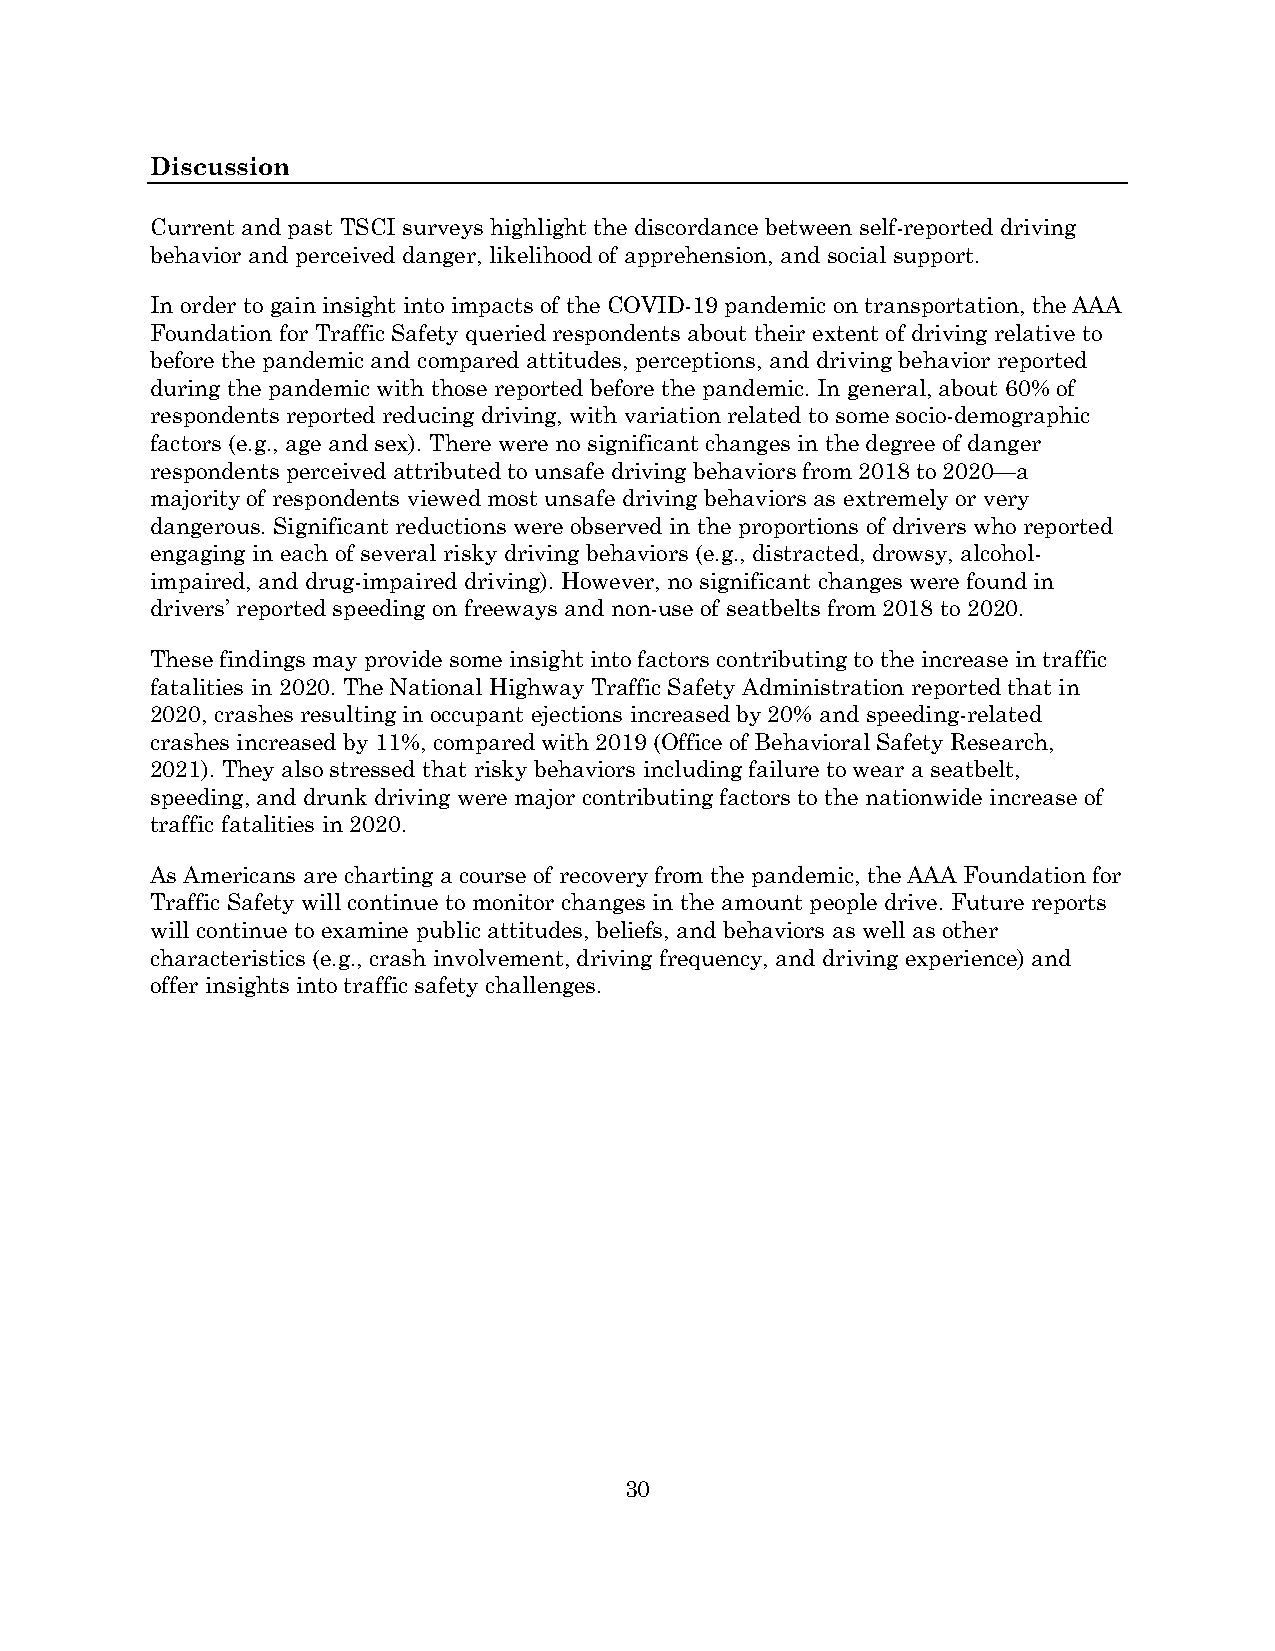
Discussion
 Current and past TSCI surveys highlight the discordance between self-reported driving
 behavior and perceived danger, likelihood of apprehension, and social support.
 In order to gain insight into impacts of the COVID-19 pandemic on transportation, the AAA
 Foundation for Traffic Safety queried respondents about their extent of driving relative to
 before the pandemic and compared attitudes, perceptions, and driving behavior reported
 during the pandemic with those reported before the pandemic. In general, about 60% of
 respondents reported reducing driving, with variation related to some socio-demographic
 factors (e.g., age and sex). There were no significant changes in the degree of danger
 respondents perceived attributed to unsafe driving behaviors from 2018 to 2020—a
 majority of respondents viewed most unsafe driving behaviors as extremely or very
 dangerous. Significant reductions were observed in the proportions of drivers who reported
 engaging in each of several risky driving behaviors (e.g., distracted, drowsy, alcohol-
 impaired, and drug-impaired driving). However, no significant changes were found in
 drivers’ reported speeding on freeways and non-use of seatbelts from 2018 to 2020.
 These findings may provide some insight into factors contributing to the increase in traffic
 fatalities in 2020. The National Highway Traffic Safety Administration reported that in
 2020, crashes resulting in occupant ejections increased by 20% and speeding-related
 crashes increased by 11%, compared with 2019 (Office of Behavioral Safety Research,
 2021). They also stressed that risky behaviors including failure to wear a seatbelt,
 speeding, and drunk driving were major contributing factors to the nationwide increase of
 traffic fatalities in 2020.
 As Americans are charting a course of recovery from the pandemic, the AAA Foundation for
 Traffic Safety will continue to monitor changes in the amount people drive. Future reports
 will continue to examine public attitudes, beliefs, and behaviors as well as other
 characteristics (e.g., crash involvement, driving frequency, and driving experience) and
 offer insights into traffic safety challenges.
 30